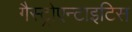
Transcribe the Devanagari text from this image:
गैस्ट्रोएन्टाइटिस